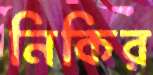
নিকির